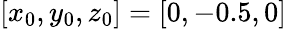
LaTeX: [x_{0},y_{0},z_{0}]=[0,-0.5,0]